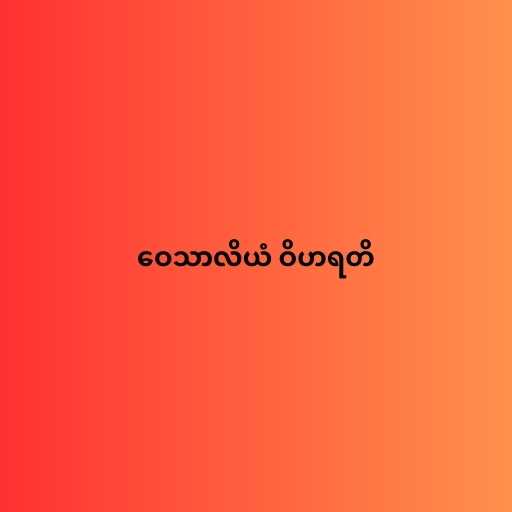
ဝေသာလိယံ ဝိဟရတိ